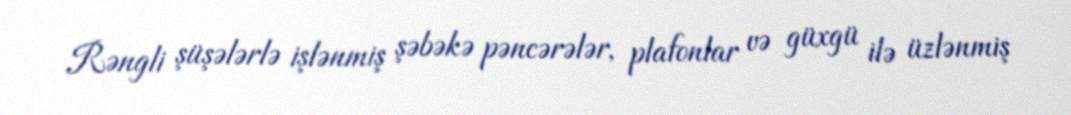
Rəngli şüşələrlə işlənmiş şəbəkə pəncərələr, plafonlar və güxgü ilə üzlənmiş